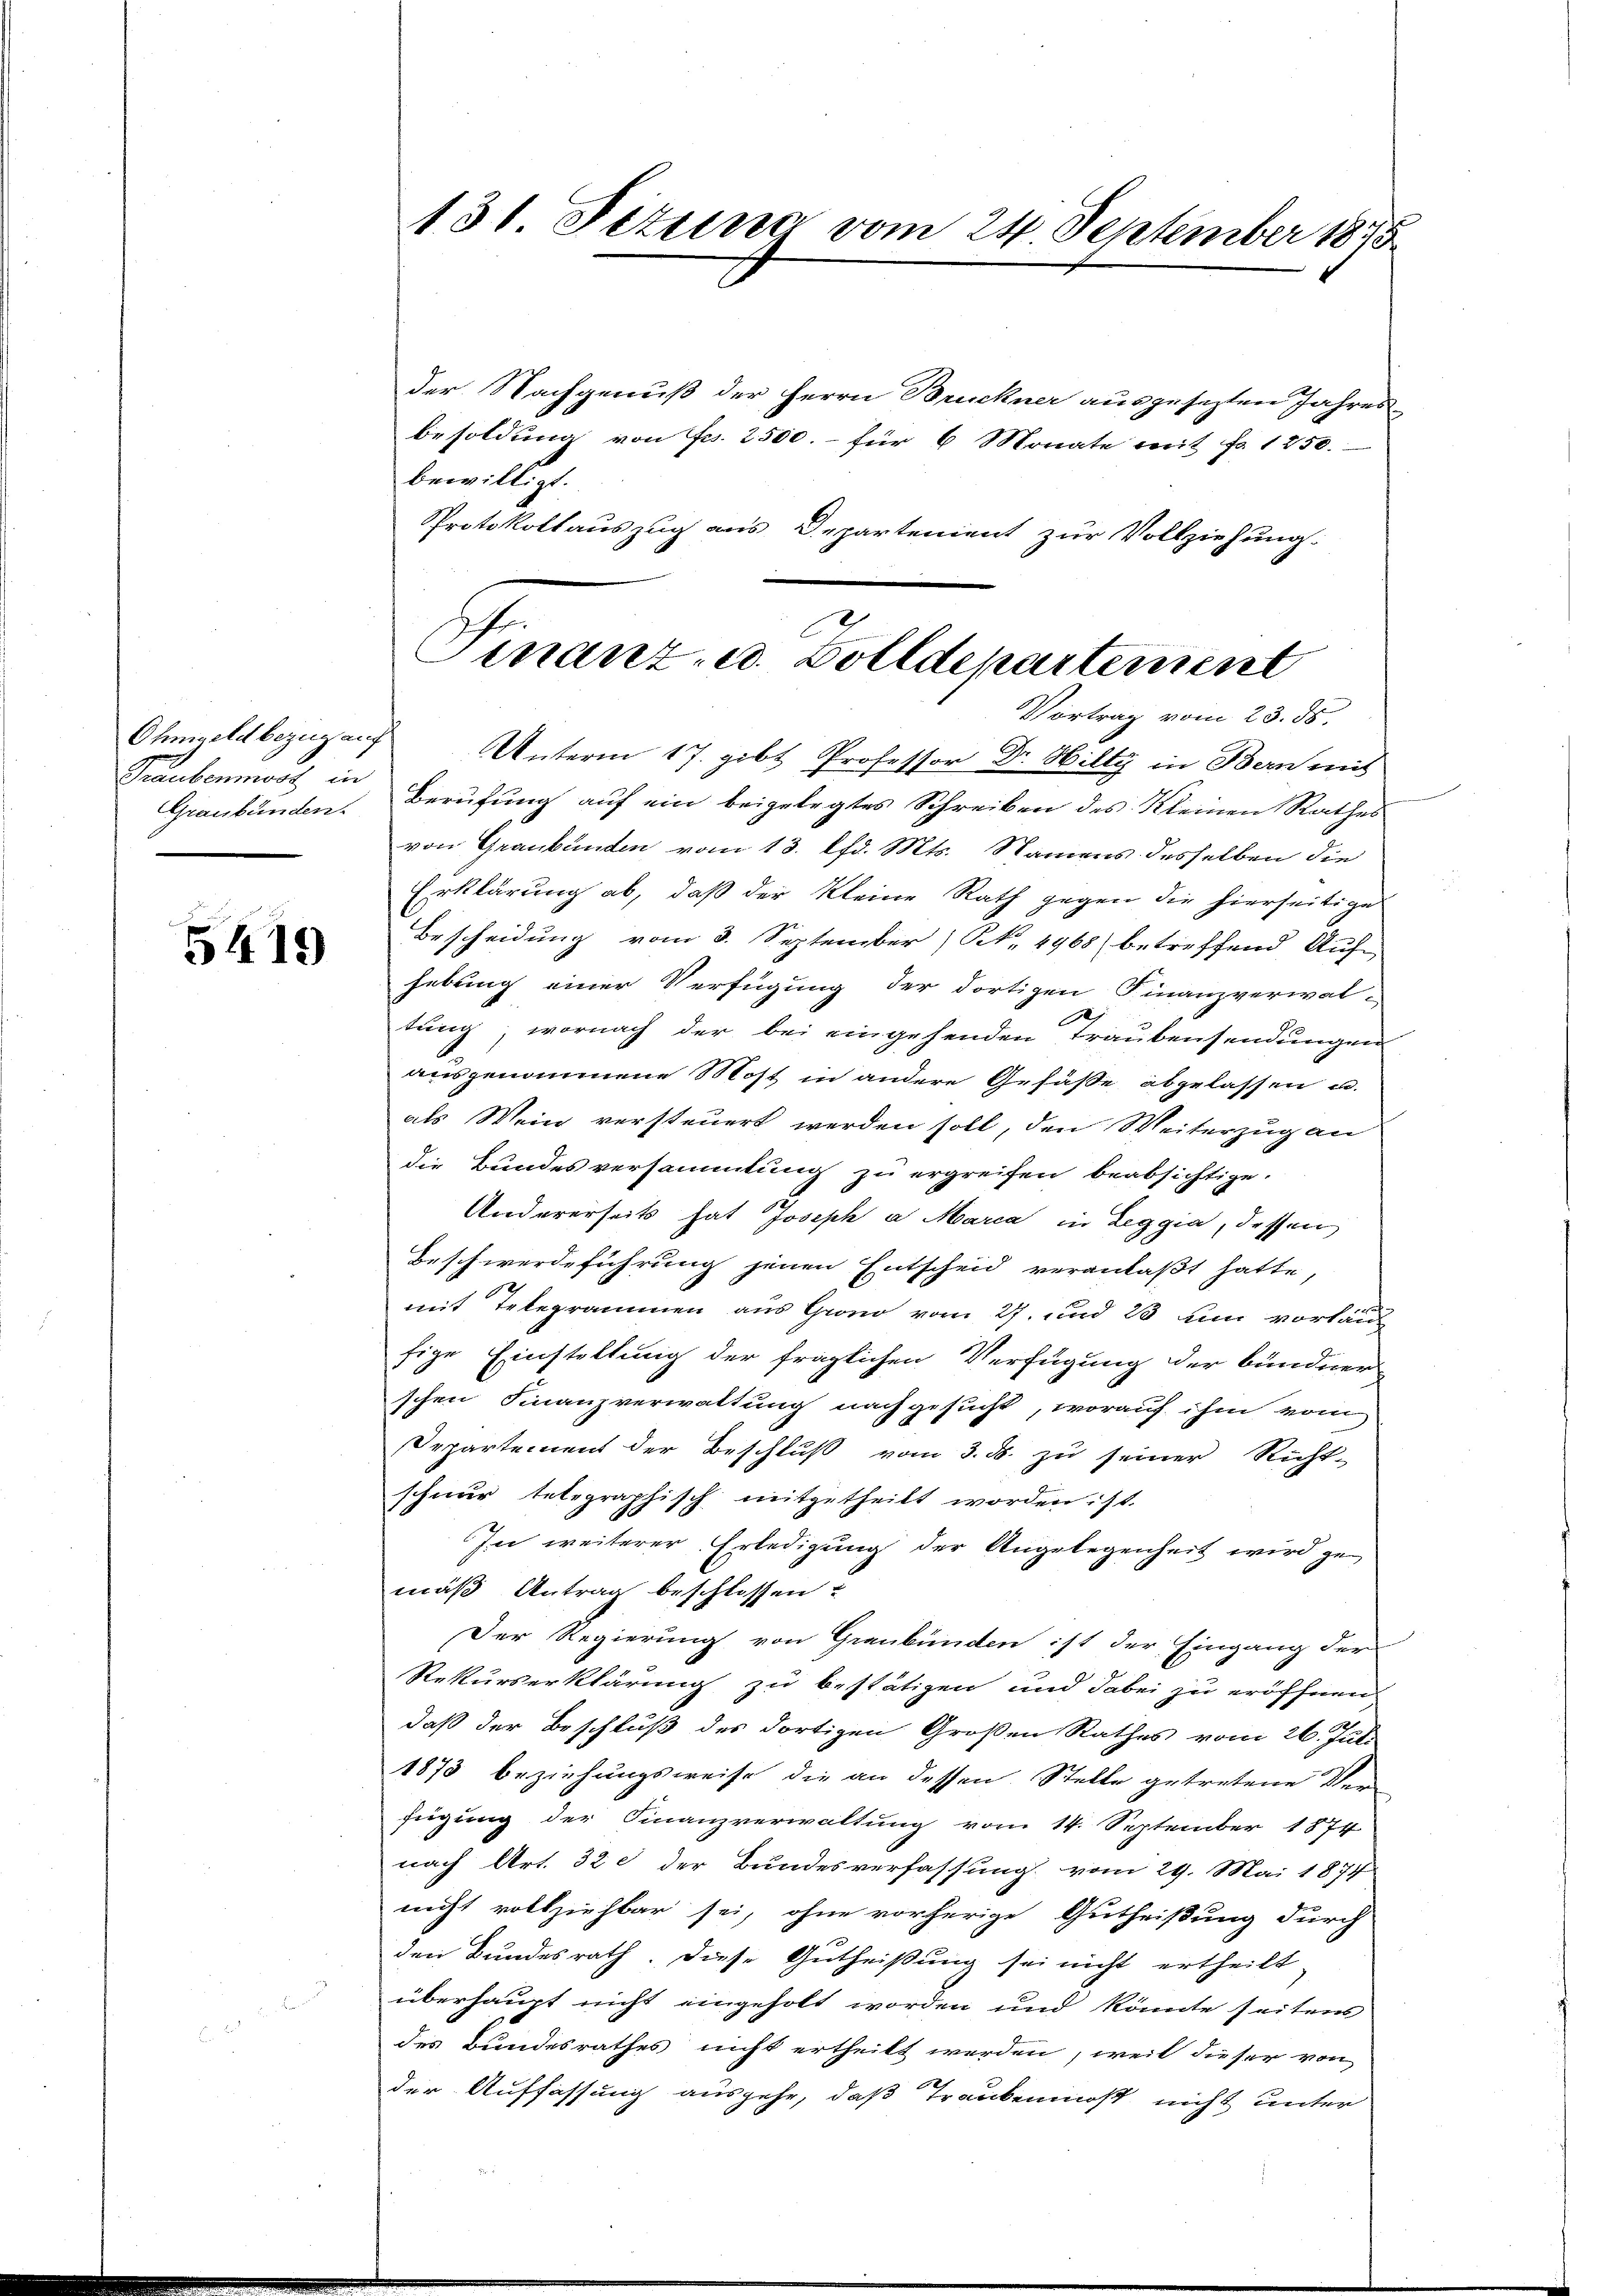
Traubenmost in
Graubünden.

5419

der Nachgenuß der Herrn Bruckner ausgesezten Jahres
besoldung von Fr. 2500.- für 6 Monate mit Fr. 1250.
bewilligt.
Protokollauszug aus Departement zur Vollziehung.

131. Jezung vom 24 September 1875

Finanz- u. Zolldepartement
Vortrag vom 23. ds.

Ohmgeld bezug auf Unterm 17. gibt Professor Dr. Hilty in Bern mit
Berufung auf ein beigelegtes Schreiben des Kleinen Rathes
von Graubünden vom 13. lfd. Mts. Namens desselben die
Erklärung ab, daß der Kleine Rath gegen die hierseitige
Bescheidung vom 3. September N. 4968 betreffend Auf
hebung einer Verfügung der dortigen Finanzverwal-
.
tung, wornach der bei eingehenden Traubensendungen
ausgenommene Most in andere Gefässe abgelassen u.
als Wein versteuert werden soll, den Weiterzug an
die Bundesversammlung zu ergreifen beabsichtige.
Andererseits hat Joseph a Marca in Leggia, dessen
Beschwerdeführung jenen Entscheid veranlaßt hatte,
mit Telegrammen aus Grono vom 27. und 23 um vorläu
fige Einstellung der fraglichen Verfügung der bündner
schen Finanzverwaltung nachgesucht, worauf ihm vom
Departement der Beschluß vom 3. ds. zu seiner Richt-
schnur telegraphisch mitgetheilt worden ist.
In weiterer Erledigung der Angelegenheit wird ge
mäß Antrag beschlossen?
Der Regierung von Graubünden ist der Eingang der
Rekurserklärung zu bestätigen und dabei zu eröffnen
daß der Beschluß des dortigen Großen Rathes vom 26. Juli
1873 beziehungsweise die an dessen Stelle getretene Ver
fügung der Finanzverwaltung vom 14. September 1874
nach Art. 32 der Bundesverfassung vom 29. Mai 1874
nicht vollziehbar sei, ohne vorherige Gutheißung durch
den Bundesrath. Diese Gutheißung sei nicht ertheilt,
überhaupt nicht eingeholt worden und könnte seitens
des Bundesrathes nicht ertheilt werden, weil dieser von
der Auffassung ausgehe, daß Trankenmoß nicht unter